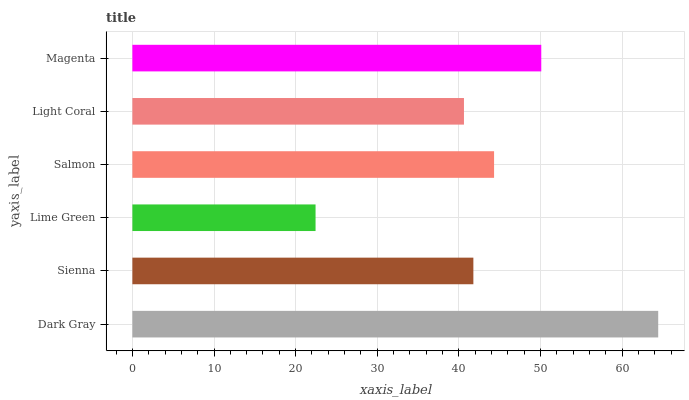
| yaxis_label | bars |
 | --- | --- |
 | Dark Gray | 64.4 |
 | Sienna | 41.8 |
 | Lime Green | 22.4 |
 | Salmon | 44.3 |
 | Light Coral | 40.6 |
 | Magenta | 50.1 |